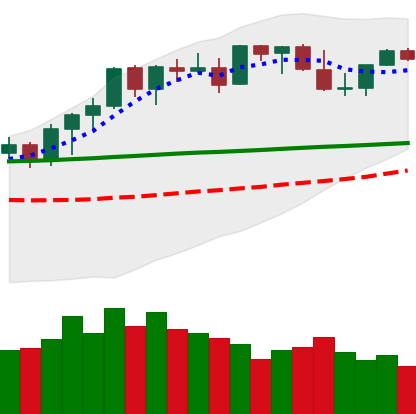
Ticker: ETH-USD
Chart end date: 2021-08-21
Forward return: -3.898%
Label: down_3_5